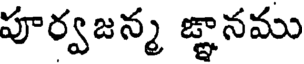
పూర్వజన్మ జ్ఞానము